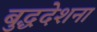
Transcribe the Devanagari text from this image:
बुद्धदेशना